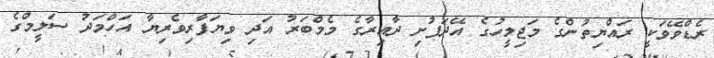
ރެޑްވޭވަކީ ރައްޔިތުންގެ މަޖިލީހުގެ އޭދަފުށި ދާއިރާގެ މެމްބަރު އަދި ވިޔަފާރިވެރިޔާ އަހްމަދު ސަލީމްގެ